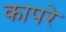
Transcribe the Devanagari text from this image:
कापरे